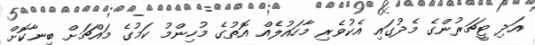
އަދި ޓީޗަރުންގެ މެދުގައި އެކުވެރި މާހައުލެއް އޮތުގެ މުހިންމު ކަމުގެ މައްޗަށް ބިނާކޮށް